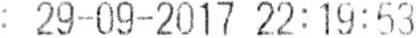
: 29-09-2017 22:19:53